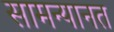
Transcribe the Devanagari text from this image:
सामन्यानत